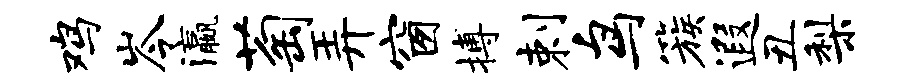
鸡岑瀛萄弄窗搏剌鸟簇遐丑梨